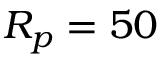
R _ { p } = 5 0